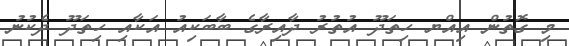
މި ގޮތުން އިއްޔ ހިތަދޫ އުތުރު ދާއިރާގެ ބާބަކިއު އަކާއި ހިތަދޫ ދެކުނު